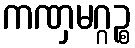
ကဏှမဂ္ဂဉ္စ